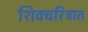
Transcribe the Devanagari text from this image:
शिवचरित्रात